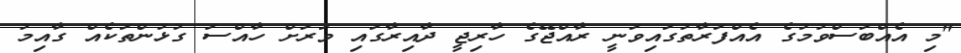
"މި އެއްބަސްވުމުގެ އެއްފަރާތުގައިވަނީ ރާއްޖޭގެ ހާރިޖީ ދާއިރާގައި ވަރަށް ހާއްސަ ގުޅުންތަކެއް ގާއިމު